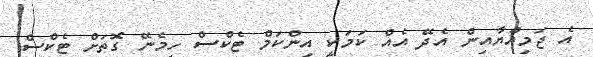
އެ ޖަމިއްޔާއިން އެދޭ އެއް ކަމަކީ އިންކަމް ޓެކްސް ހިމެނޭ ގޮތަށް ޓެކްސް